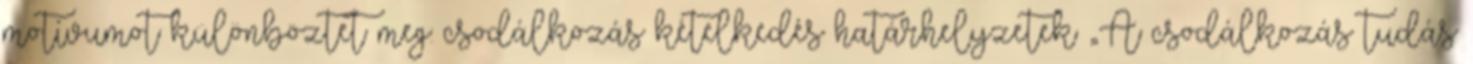
motívumot különböztet meg: csodálkozás kételkedés határhelyzetek „A csodálkozás tudás